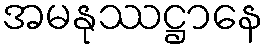
အမနုဿဋ္ဌာနေ